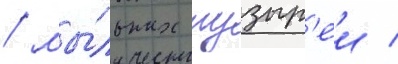
/ мы́льных пузыр'еи /